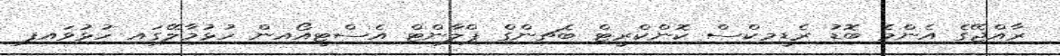
ރާއްޖޭގެ އެންމެ ބޮޑު ރެޑީމިކްސް ކޮންކްރީޓް ބެޗިންގް ޕްލާންޓް އެސްޓީއޯއިން ހުޅުމާލޭގައި ހުޅުވައިފި